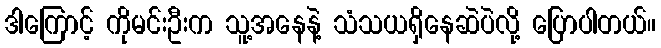
ဒါကြောင့် ကိုမင်းဦးက သူ့အနေနဲ့ သံသယရှိနေဆဲပဲလို့ ပြောပါတယ်။